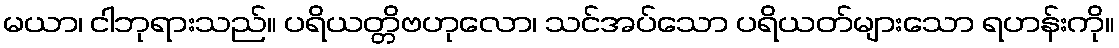
မယာ၊ ငါဘုရားသည်။ ပရိယတ္တိဗဟုလော၊ သင်အပ်သော ပရိယတ်များသော ရဟန်းကို။